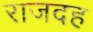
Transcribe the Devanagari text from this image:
राजदह